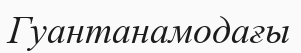
Гуантанамодағы